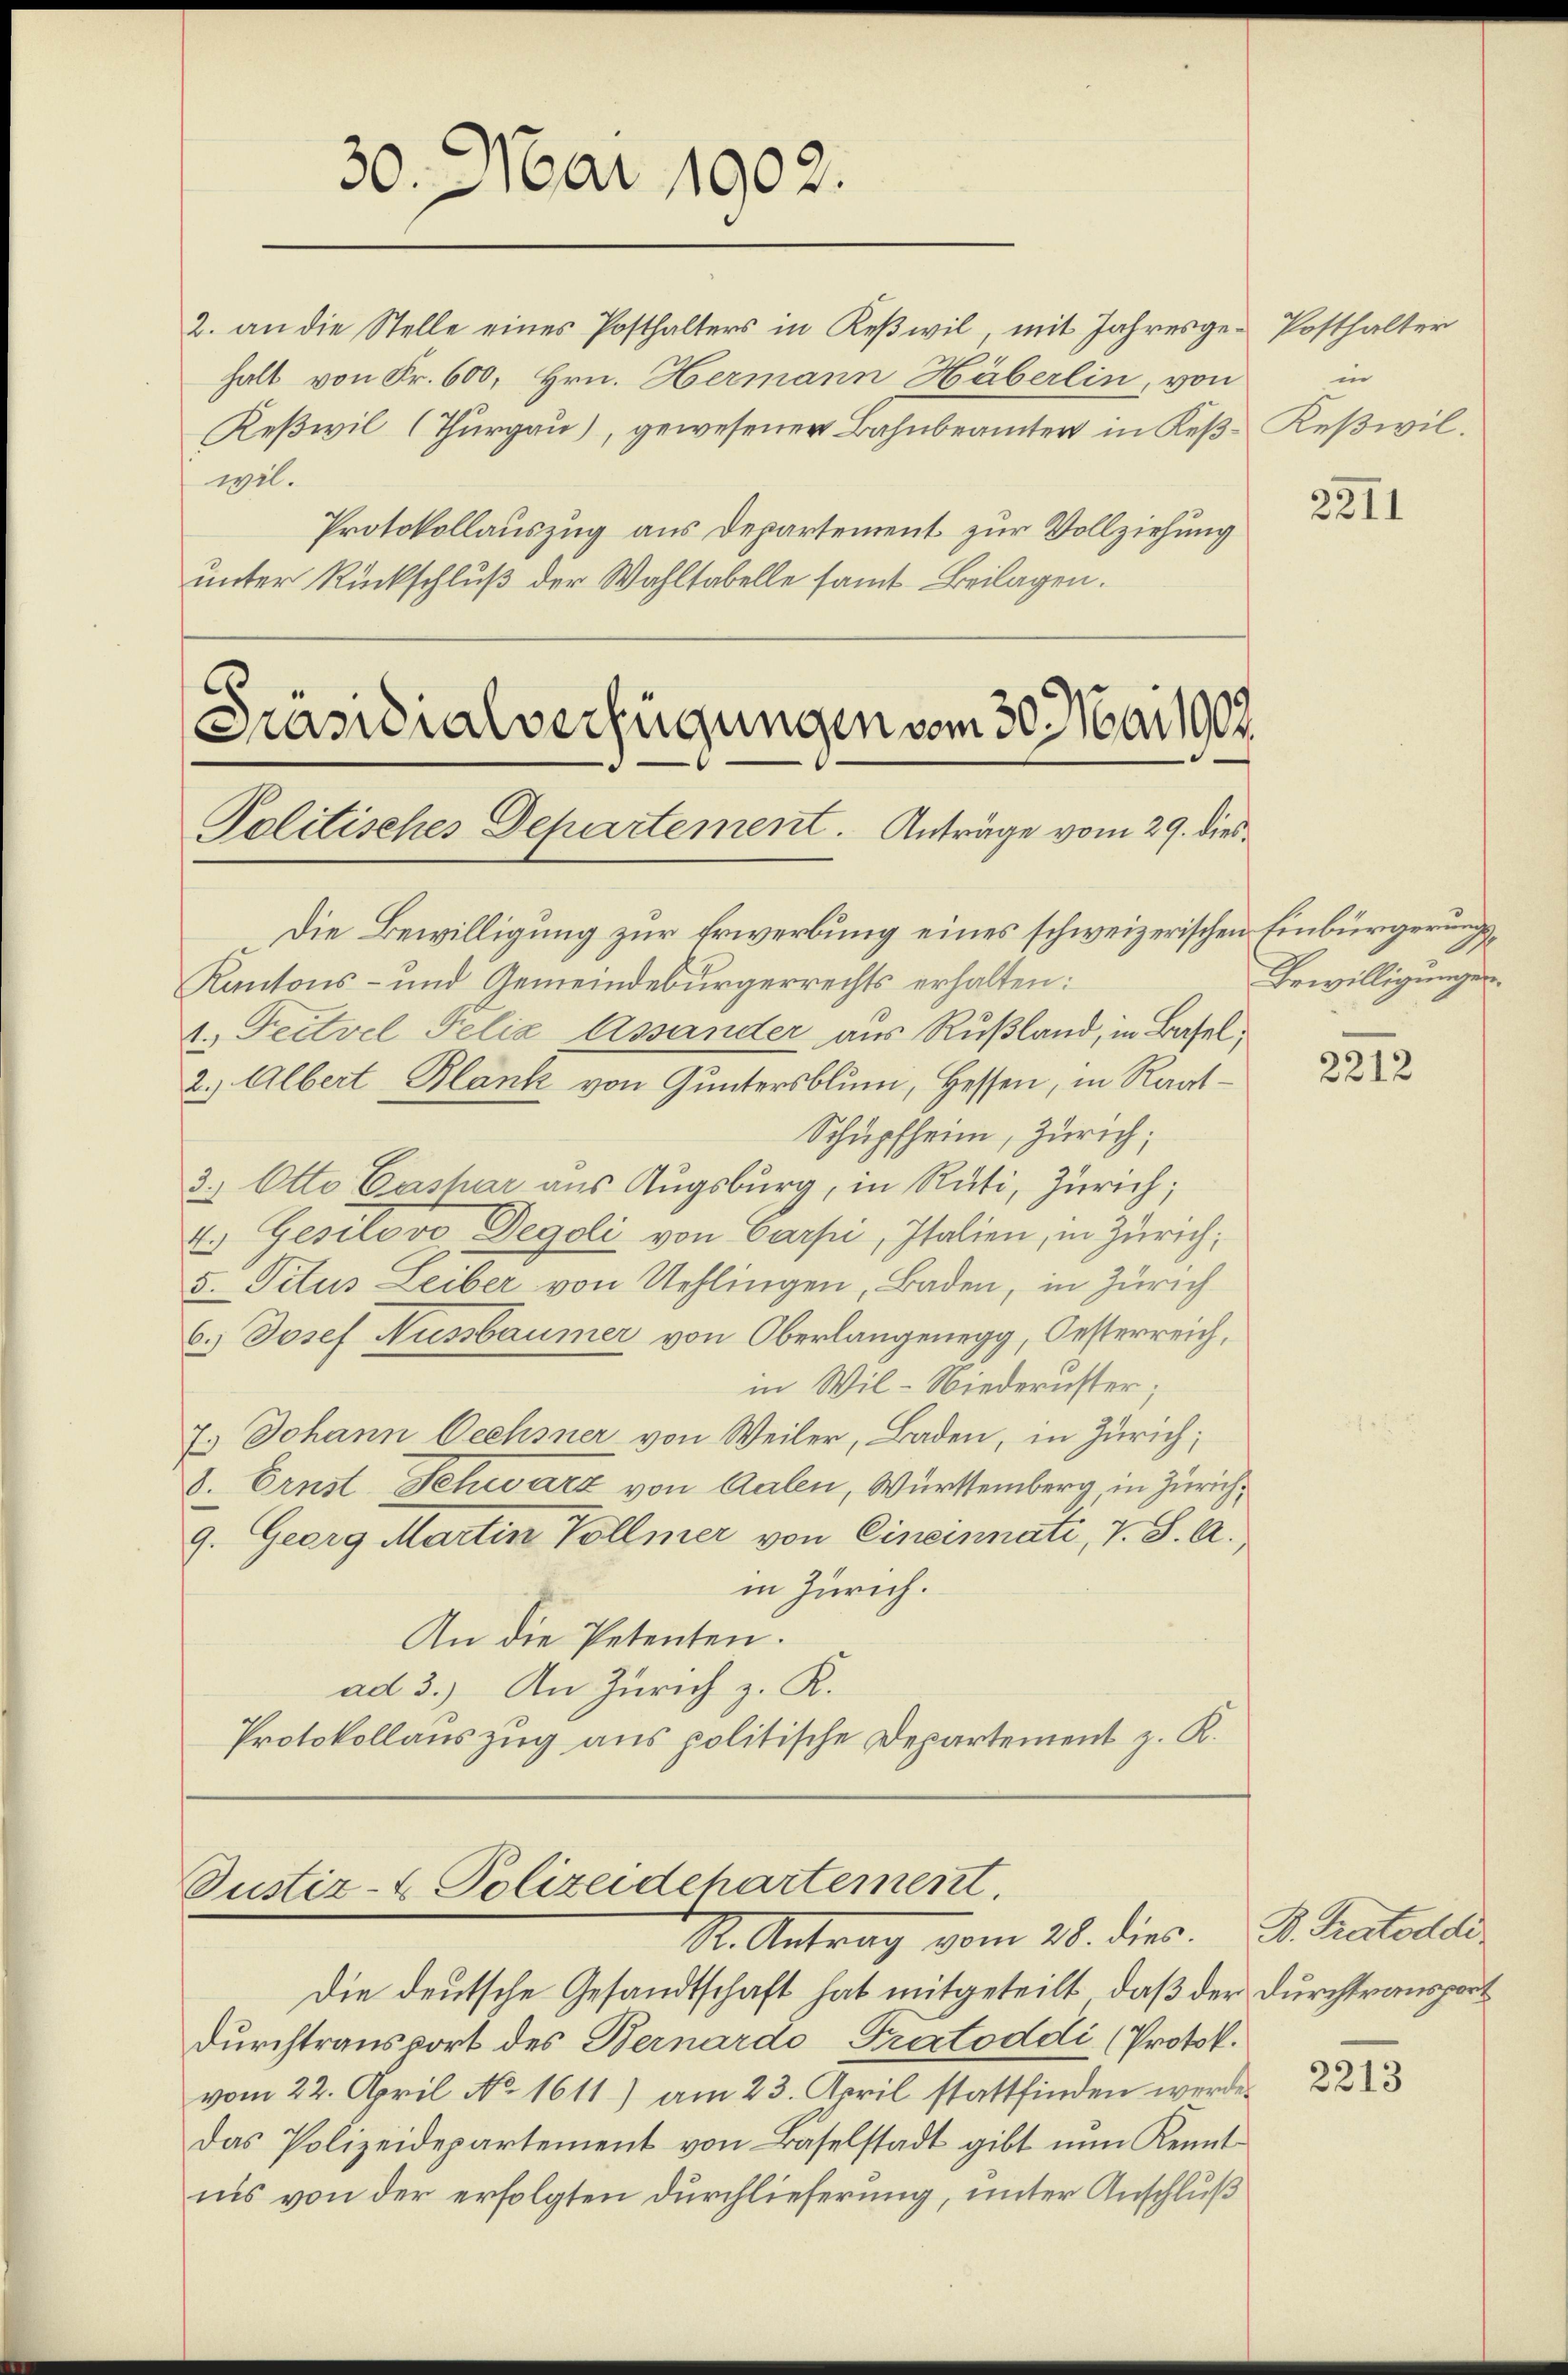
30. Mai 1902.

2. an die Stelle eines Posthalters in Keßwil, mit Jahresgehalt von Fr. 600, Hrn. Hermann Häberlin, von
Keßwil (Thurgau), gewesener Bahnbeamter in Keßwel¬
Protokollauszug aus Departement zur Vollziehung
unter Rückschluß der Wahltabelle samt Beilagen.
2

Präsidialverfügungen vom 30. Mai 1902.
Politisches Departement. Anträge vom 29. dies

Justiz- & Polizeidchartement.
St. Antrag vom 28. dies. D. Pratore

Die Bewilligung zur Erwerbung eines schweizerischen Einbürgerungs¬
Kantons- und Gemeindebürgerrechts erhalten:
1. Feitvel Felia Assänder aus Rußland, in Basel¬
2.) Albert Blank von Guntersblum, Hessen, in Raat¬
Schüpfheim, Zürich;
3.) Otto Cashar aus Augsburg, in Rüti, Zürich;
E. Gesilovo Degoli von Carpi, Italien, in Zürich;
5. Titus Leiber von Uehlingen, Baden, in Zürich
6.) Josef Aussbaumer von Oberlangenegg, Oesterreich,
in Wil-Niederuster;
7.) Johann Oechsner von Weiler, Baden, in Zürich;
8. Ernst Schwarz von Aalen, Württemberg, in Zürich
9. Georg Martin Vollmer von Einsinnati, T. S. A.
in Zürich.
An die Petenten.
ad 3.) An Zürich z. R.
Protokollauszug aus politische Departement z. K.

Die deutsche Gesandtschaft hat mitgeteilt, daß der Durchtransport
durchtransport des Hernardo, Pratoddi (Protok.
vom 22. April No 1611) am 23. April stattfinden werde.
Das Polizeidepartement von Baselstadt gibt nun Kenntiis von der erfolgten durchlieferung, unter Anschluß

Posthalter
in
Keßwil.

2211

Bewilligungen.

2212

2213